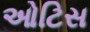
ઓટિસ